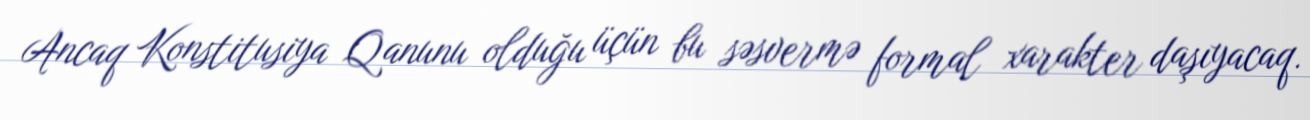
Ancaq Konstitusiya Qanunu olduğu üçün bu səsvermə formal xarakter daşıyacaq.